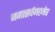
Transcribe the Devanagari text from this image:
जगत्सर्वमहमेव